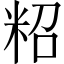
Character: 𥹙